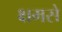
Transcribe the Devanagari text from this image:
क्षमसे